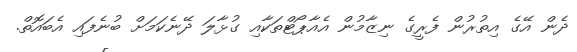
ދެން އޭގެ އިތުރުން ފެރީގެ ނިޒާމުން އެއާޕޯޓްތަކާއި ގުޅާލަ ދޭނެކަމަށް ބުނެފައި އެބައޮތް.